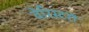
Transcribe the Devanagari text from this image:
वेरिस्टरों